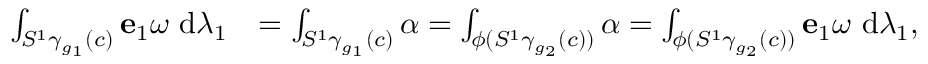
\begin{array} { r l } { \int _ { S ^ { 1 } \gamma _ { g _ { 1 } } ( c ) } \mathbf { e } _ { 1 } \omega ~ \mathrm { d } \lambda _ { 1 } } & { = \int _ { S ^ { 1 } \gamma _ { g _ { 1 } } ( c ) } \alpha = \int _ { \phi ( S ^ { 1 } \gamma _ { g _ { 2 } } ( c ) ) } \alpha = \int _ { \phi ( S ^ { 1 } \gamma _ { g _ { 2 } } ( c ) ) } \mathbf { e } _ { 1 } \omega ~ \mathrm { d } \lambda _ { 1 } , } \end{array}